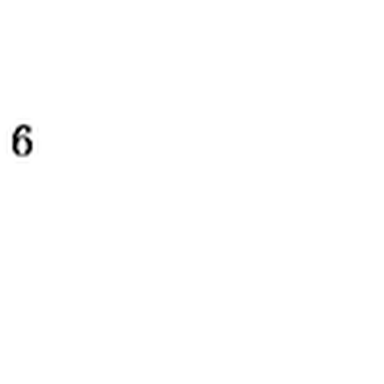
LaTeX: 6